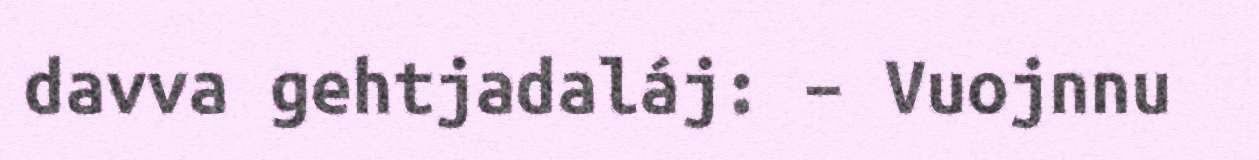
davva gehtjadaláj: – Vuojnnu